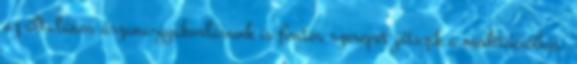
az általános ászana-gyakorlásunk is fontos szerepet játszik a meditációban.